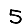
Digit: 5